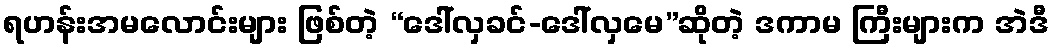
ရဟန်းအမလောင်းများ ဖြစ်တဲ့ “ဒေါ်လှခင်-ဒေါ်လှမေ”ဆိုတဲ့ ဒကာမ ကြီးများက အဲဒီ